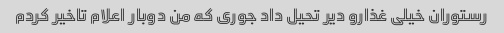
رستوران خیلی غذارو دیر تحیل داد جوری که من دوبار اعلام تاخیر کردم